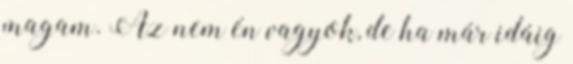
magam. Az nem én vagyok, de ha már idáig